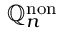
\mathbb { Q } _ { n } ^ { \mathrm { n o n } }